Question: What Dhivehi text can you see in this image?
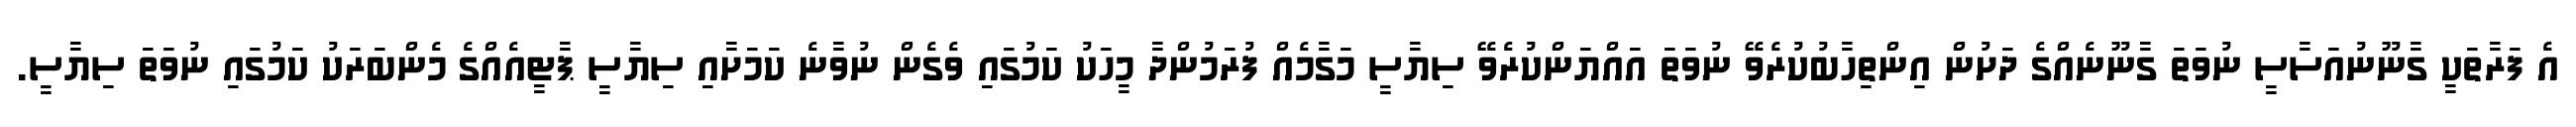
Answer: އެ ފަރާތަކީ ގާނޫނުއަސާސީ ނުވަތަ ގާނޫނެއްގެ ދަށުން އިންތިހާބުކުރެވޭ ނުވަތަ އައްޔަންކުރެވޭ ސިޔާސީ މަގާމެއް ފުރަމުންދާ މީހަކު ކަމުގައި ވެގެން ނުވާނެ ކަމަށާއި ސިޔާސީ ޕާޓީއެއްގެ މެންބަރަކު ކަމުގައި ނުވަތަ ސިޔާސީ.